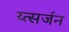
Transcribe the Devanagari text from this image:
य्त्सर्जन